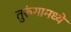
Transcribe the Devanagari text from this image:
तुरूंगामध्ये